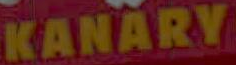
KANARY